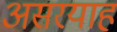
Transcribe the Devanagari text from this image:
असरयाह